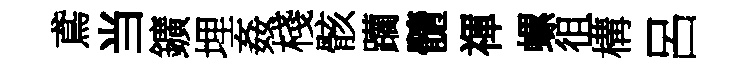
鳶当鑛埋姦棧骸躪髓禈螺徂構呂